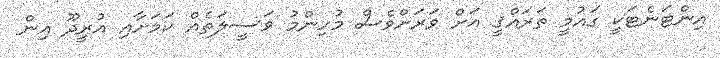
އިންޓަނެޓަކީ ގައުމީ ތަރައްޤީ އަށް ވަރަށްވެސް މުހިންމު ވަސީލަތެއް ކަމަށާއި އުރީދޫ އިން